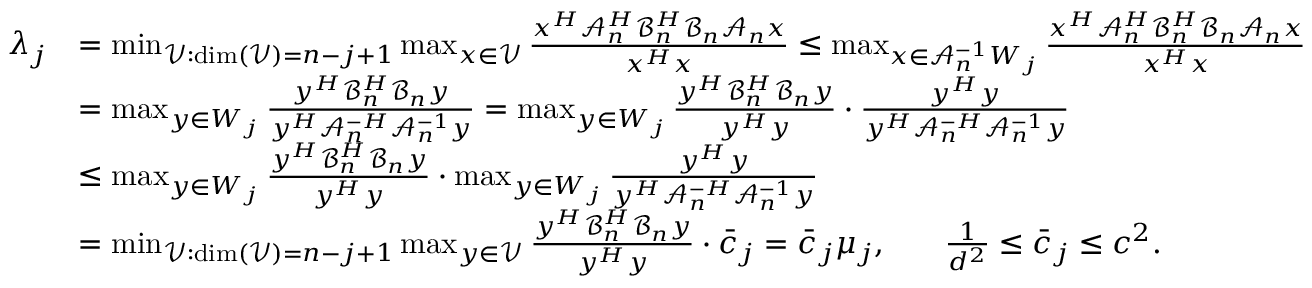
\begin{array} { r l } { \lambda _ { j } } & { = \operatorname* { m i n } _ { \mathcal { V } : \dim ( \mathcal { V } ) = n - j + 1 } { \operatorname* { m a x } _ { x \in \mathcal { V } } { \frac { x ^ { H } \mathcal { A } _ { n } ^ { H } \mathcal { B } _ { n } ^ { H } \mathcal { B } _ { n } \mathcal { A } _ { n } x } { x ^ { H } x } } } \leq \operatorname* { m a x } _ { x \in \mathcal { A } _ { n } ^ { - 1 } W _ { j } } { \frac { x ^ { H } \mathcal { A } _ { n } ^ { H } \mathcal { B } _ { n } ^ { H } \mathcal { B } _ { n } \mathcal { A } _ { n } x } { x ^ { H } x } } } \\ & { = \operatorname* { m a x } _ { y \in W _ { j } } { \frac { y ^ { H } \mathcal { B } _ { n } ^ { H } \mathcal { B } _ { n } y } { y ^ { H } \mathcal { A } _ { n } ^ { - H } \mathcal { A } _ { n } ^ { - 1 } y } } = \operatorname* { m a x } _ { y \in W _ { j } } { \frac { y ^ { H } \mathcal { B } _ { n } ^ { H } \mathcal { B } _ { n } y } { y ^ { H } y } \cdot \frac { y ^ { H } y } { y ^ { H } \mathcal { A } _ { n } ^ { - H } \mathcal { A } _ { n } ^ { - 1 } y } } } \\ & { \leq \operatorname* { m a x } _ { y \in W _ { j } } { \frac { y ^ { H } \mathcal { B } _ { n } ^ { H } \mathcal { B } _ { n } y } { y ^ { H } y } } \cdot \operatorname* { m a x } _ { y \in W _ { j } } { \frac { y ^ { H } y } { y ^ { H } \mathcal { A } _ { n } ^ { - H } \mathcal { A } _ { n } ^ { - 1 } y } } } \\ & { = \operatorname* { m i n } _ { \mathcal { V } : \dim ( \mathcal { V } ) = n - j + 1 } { \operatorname* { m a x } _ { y \in \mathcal { V } } { \frac { y ^ { H } \mathcal { B } _ { n } ^ { H } \mathcal { B } _ { n } y } { y ^ { H } y } } } \cdot \bar { c } _ { j } = \bar { c } _ { j } \mu _ { j } , \mathrm { ~ ό π ο υ ~ } \frac { 1 } { d ^ { 2 } } \leq \bar { c } _ { j } \leq c ^ { 2 } . } \end{array}